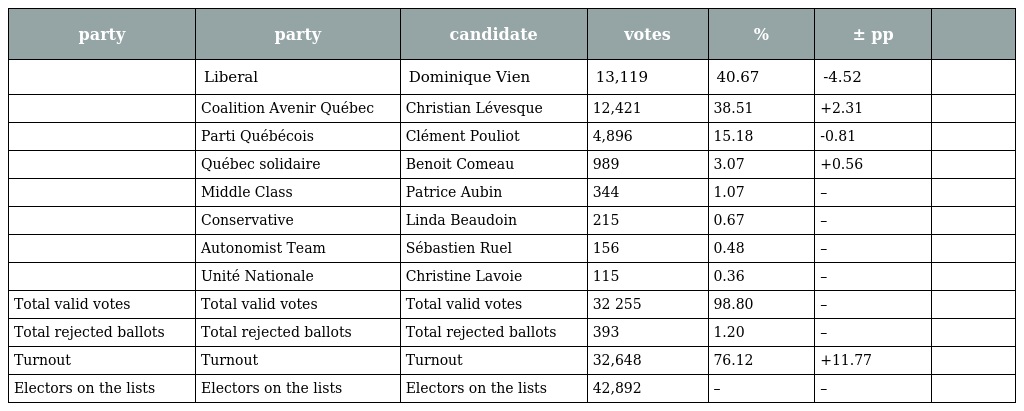
| party | party | candidate | votes | % | ± pp |  |
 | --- | --- | --- | --- | --- | --- | --- |
 |  | Liberal | Dominique Vien | 13,119 | 40.67 | -4.52 |  |
 |  | Coalition Avenir Québec | Christian Lévesque | 12,421 | 38.51 | +2.31 |  |
 |  | Parti Québécois | Clément Pouliot | 4,896 | 15.18 | -0.81 |  |
 |  | Québec solidaire | Benoit Comeau | 989 | 3.07 | +0.56 |  |
 |  | Middle Class | Patrice Aubin | 344 | 1.07 | – |  |
 |  | Conservative | Linda Beaudoin | 215 | 0.67 | – |  |
 |  | Autonomist Team | Sébastien Ruel | 156 | 0.48 | – |  |
 |  | Unité Nationale | Christine Lavoie | 115 | 0.36 | – |  |
 | Total valid votes | Total valid votes | Total valid votes | 32 255 | 98.80 | – |  |
 | Total rejected ballots | Total rejected ballots | Total rejected ballots | 393 | 1.20 | – |  |
 | Turnout | Turnout | Turnout | 32,648 | 76.12 | +11.77 |  |
 | Electors on the lists | Electors on the lists | Electors on the lists | 42,892 | – | – |  |